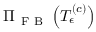
\Pi _ { \mathrm { ~ F ~ B ~ } } \left( T _ { \epsilon } ^ { \left( c \right) } \right)